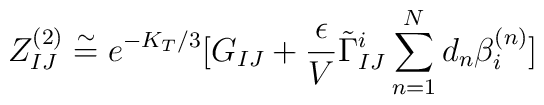
Z^{(2)}_{IJ}\stackrel{\sim}{=}e^{-K_T/3}[G_{IJ}+{\epsilon\over V}\tilde\Gamma^i_{IJ}\sum^N_{n=1}d_n \beta^{(n)}_i]